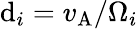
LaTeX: \mathrm{d}_{i}=v_{\mathrm{{A}}}/\Omega_{i}